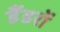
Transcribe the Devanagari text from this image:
डैंडरों